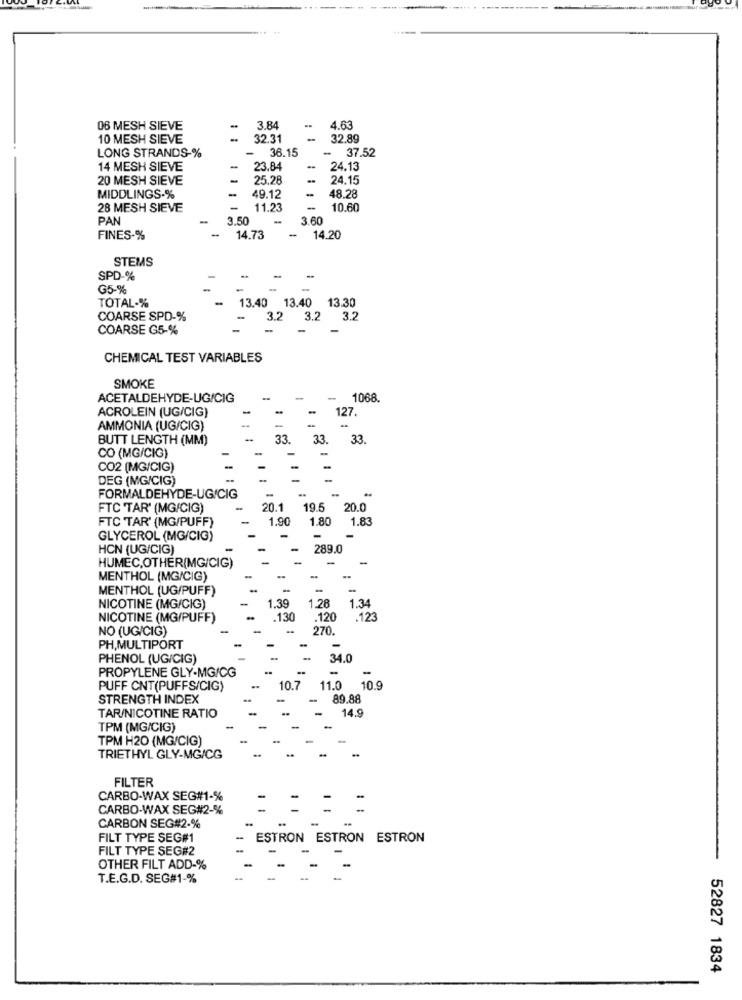
06 MESH SIEVE
3.84
4.63
10 MESH SIEVE
32.31
-
32.89
LONG STRANDS-%
-
36.15
-
37.52
14 MESH SIEVE
-
23.84
24.13
20 MESH SIEVE
-
25.28
24.15
-
48.28
MIDDLINGS-%
49.12
28 MESH SIEVE
-
11.23
-
10.60
PAN
3.50
3.60
-
FINES-%
-
14.73
14.20
STEMS
SPD-%
-
G5-%
-
-
TOTAL-%
13.40 13.40 13.30
COARSE SPD-%
3.2 3.2
3.2
COARSE G5-%
CHEMICAL TEST VARIABLES
SMOKE
ACETALDEHYDE-UG/CIG
-
1068.
ACROLEIN (UG/CIG)
127.
--
AMMONIA (UG/CIG)
BUTT LENGTH (MM)
33.
33.
33
CO (MG/CIG)
CO2 (MG/CIG)
DEG (MG/CIG)
FORMALDEHYDE-UG/CIG
FTC TAR' (MG/CIG)
20.1
19.5
20.0
FTC TAR' (MG/PUFF)
1.90
1.80
1.83
GLYCEROL (MG/CIG)
HCN (UG/CIG)
289.0
HUMEC.OTHER(MG/CIG)
MENTHOL (MG/CIG)
MENTHOL (UG/PUFF)
-
1.39
1.28
1.34
NICOTINE (MG/CIG)
NICOTINE (MG/PUFF)
.130
.120
.123
NO (UG/CIG)
270
PH,MULTIPORT
PHENOL (UG/CIG)
34.0
PROPYLENE GLY-MG/CG
PUFF CNT(PUFFS/CIG)
10.7
11.0
10.9
STRENGTH INDEX
89.88
TAR/NICOTINE RATIO
14.9
TPM (MG/CIG)
TPM H20 (MG/CIG)
TRIETHYL GLY-MG/CG
..
FILTER
CARBO-WAX SEG#1-%
CARBO-WAX SEG#2-%
CARBON SEG#2-%
FILT TYPE SEG#1
ESTRON ESTRON ESTRON
FILT TYPE SEG#2
OTHER FILT ADD-%
T.E.G.D. SEG#1-%
-
52827 1834